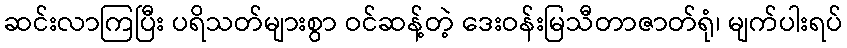
ဆင်းလာကြပြီး ပရိသတ်များစွာ ဝင်ဆန့်တဲ့ ဒေးဝန်းမြသီတာဇာတ်ရုံ၊ မျက်ပါးရပ်